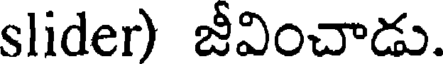
slider) జీవించాడు.